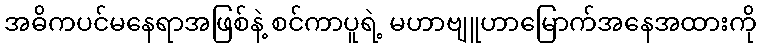
အဓိကပင်မနေရာအဖြစ်နဲ့ စင်ကာပူရဲ့ မဟာဗျူဟာမြောက်အနေအထားကို